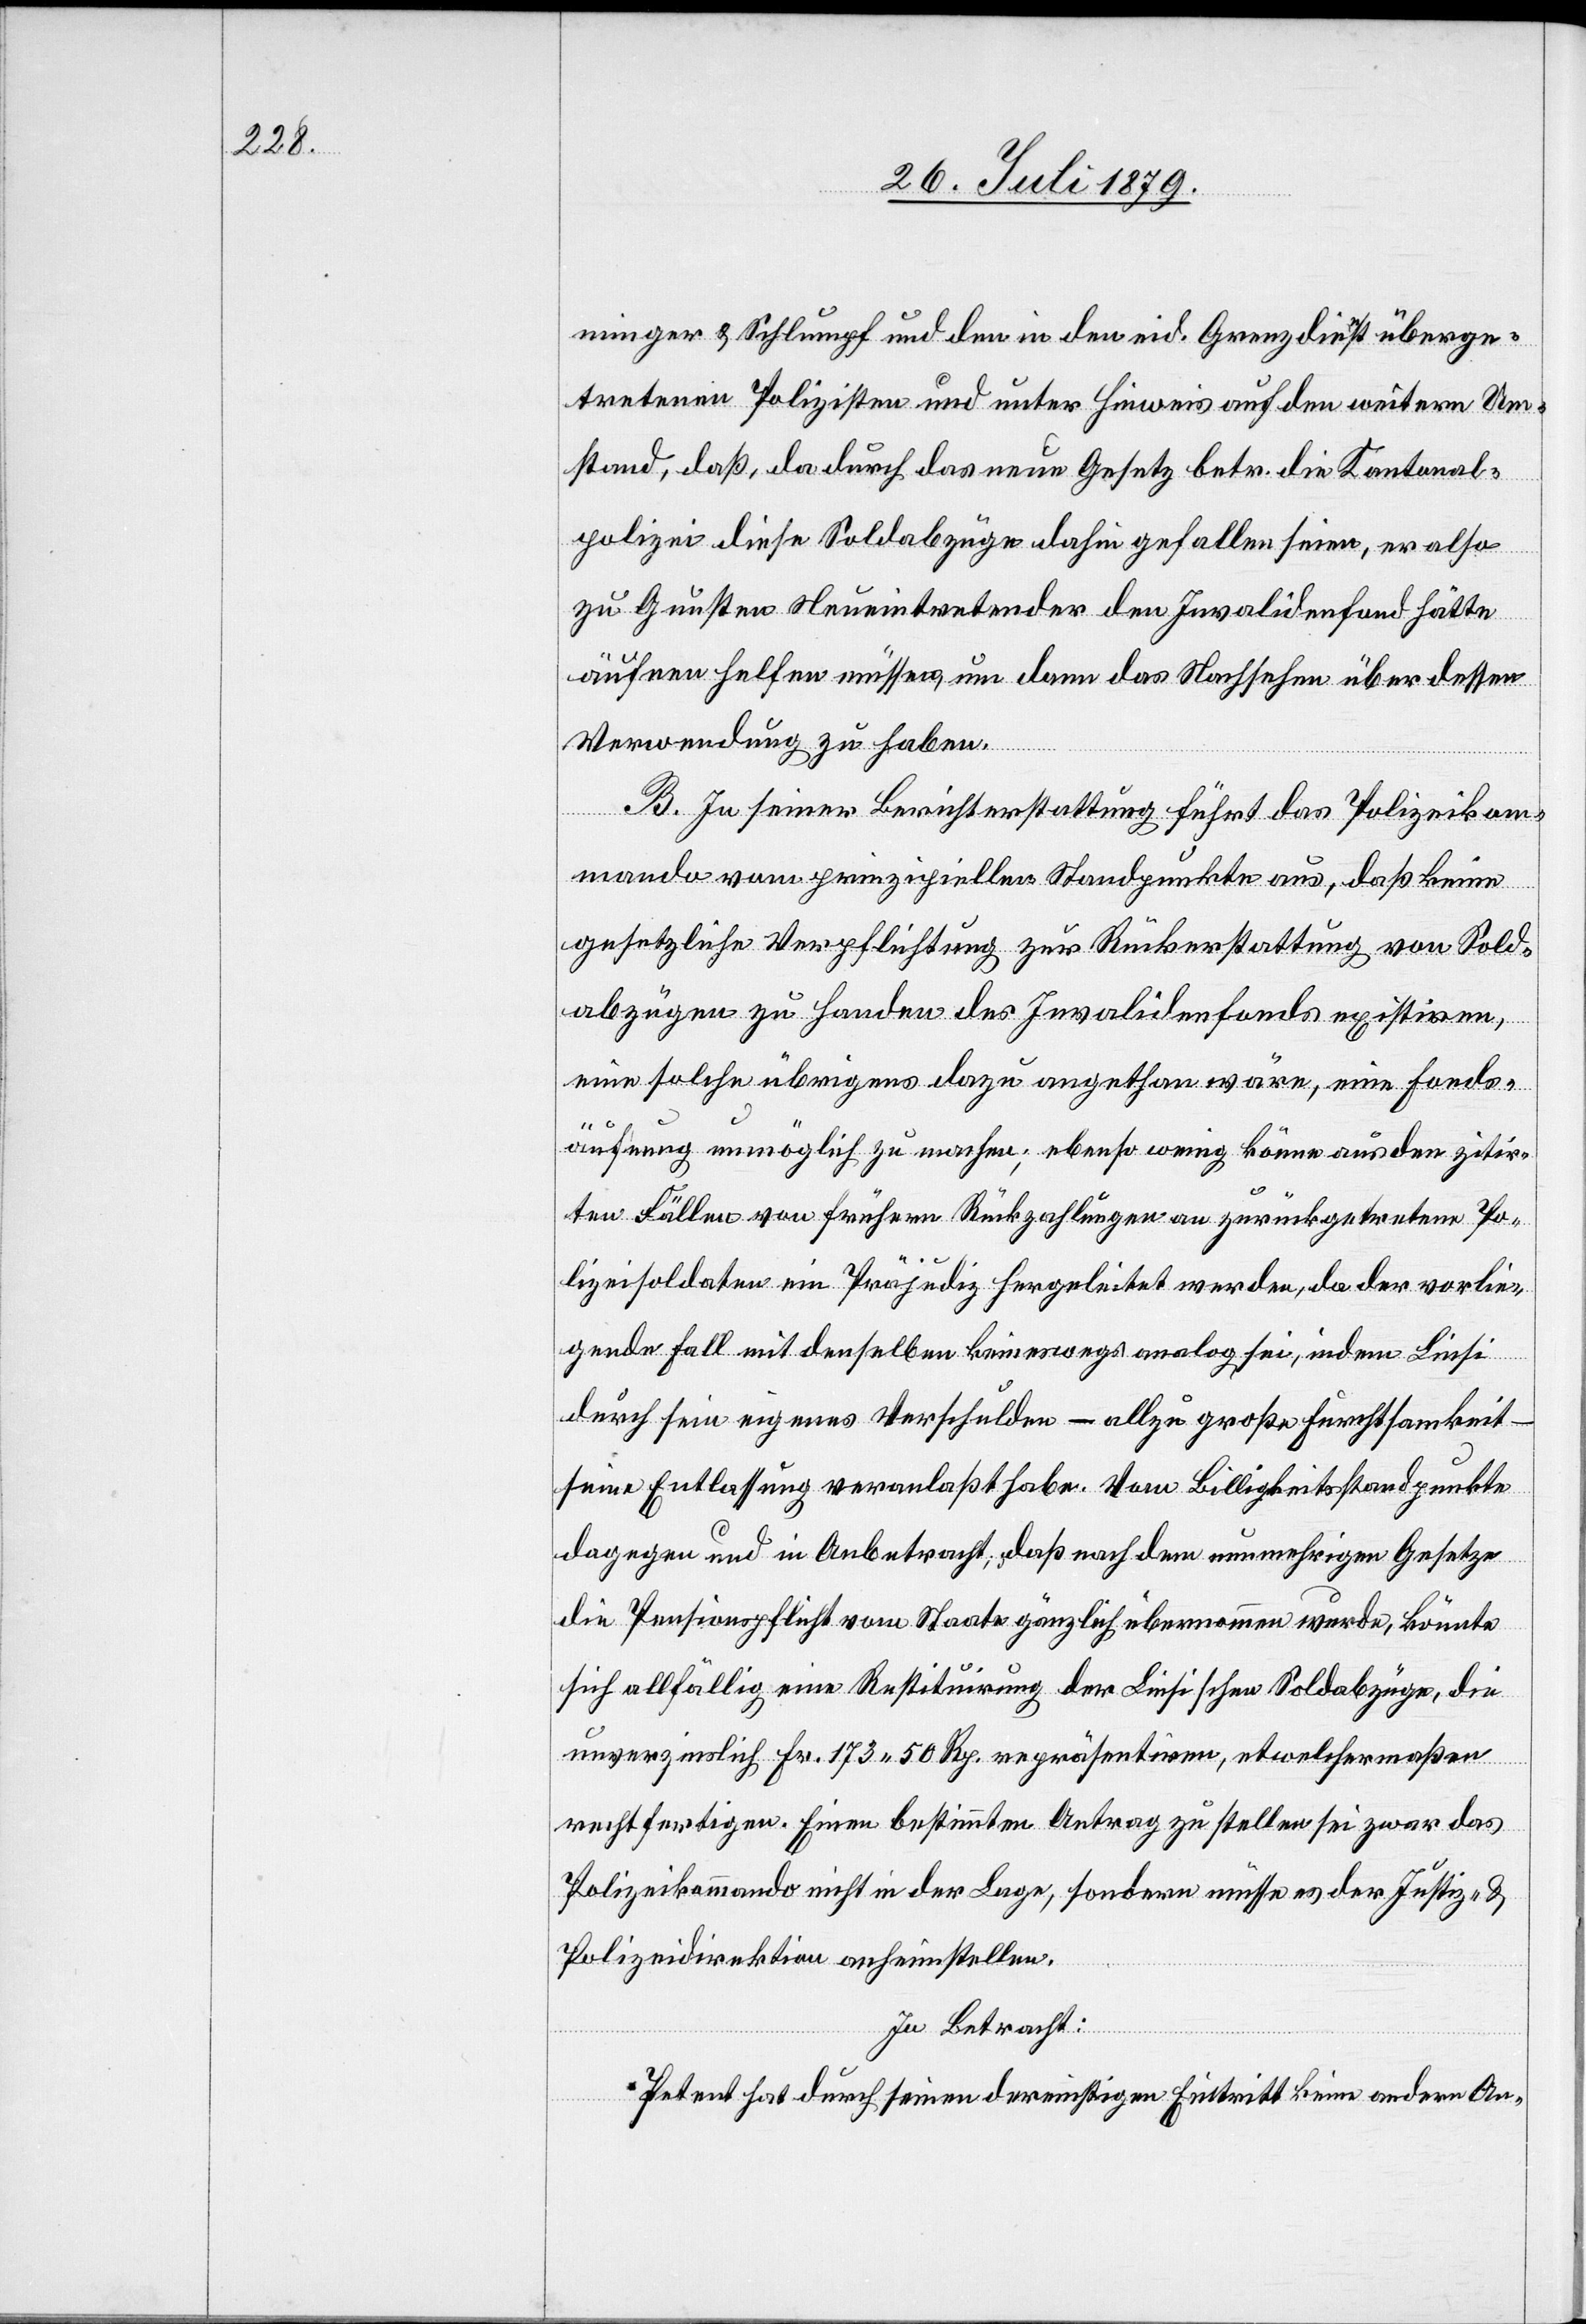
minger & Schlumpf und den in den eid. Grenzdienst überge¬
tretenen Polizisten und unter Hinweis auf den weitern Um¬
stand, daß, da durch das neue Gesetz betr. die Kantonal¬
polizei diese Soldabzüge dahin gefallen seien, er also
zu Gunsten Neueintretender den Invalidenfond hätte
äufnen helfen müssen, um dann das Nachsehen über dessen
Verwendung zu haben.
B. In seiner Berichterstattung führt das Polizeikom¬
mando vom prinzipiellen Standpunkte aus, daß keine
gesetzliche Verpflichtung zur Rückerstattung von Sold¬
abzügen zu Handen des Invalidenfonds existiren,
eine solche übrigens dazu angethan wäre, eine Fonds¬
äufnung unmöglich zu machen, ebenso wenig könne aus den zitir¬
ten Fällen von frühern Rückzahlungen zurückgetretenen Po¬
lizeisoldaten ein Präjudiz hergeleitet werden, da der vorlie¬
gende Fall mit denselben keineswegs analog sei, indem Liesi
durch sein eigenes Verschulden – allzu große Furchtsamkeit
seine Entlassung veranlaßt habe. Vom Billigkeitsstandpunkte
dagegen und in Anbetracht, daß nach dem nunmehrigen Gesetze
die Pensionspflicht vom Staate gänzlich übernommen wurde, könnte
sich allfällig eine Restituirung der Liesischen Soldabzüge, die
unverzinslich Fr. 173 50 Rp. repräsentiren, etwelchermaßen
rechtfertigen. Einen bestimmten Antrag zu stellen sei zwar das
Polizeikommando nicht in der Lage, sondern müsse es der Justiz- &
Polizeidirektion anheimstellen.
In Betracht:
Petent hat durch seinen dereinstigen Eintritt keine andern An-